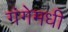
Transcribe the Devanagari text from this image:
गंगेमधी